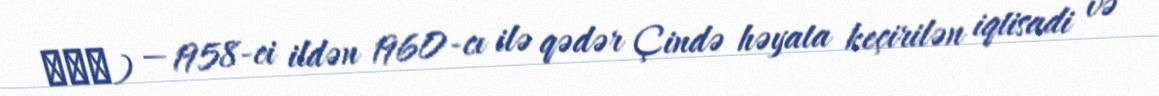
大躍進) — 1958-ci ildən 1960-cı ilə qədər Çində həyata keçirilən iqtisadi və